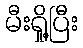
မီးရှို့ပြီး